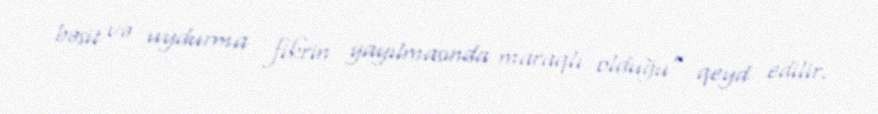
bəsit və uydurma fikrin yayılmasında maraqlı olduğu” qeyd edilir.